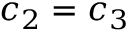
c _ { 2 } = c _ { 3 }